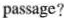
passage?